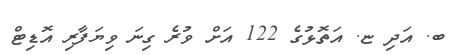
ބ. އަދި ޏ. އަތޮޅުގެ 122 އަށް ވުރެ ގިނަ ވިޔަފާރި އޮޑިޓް